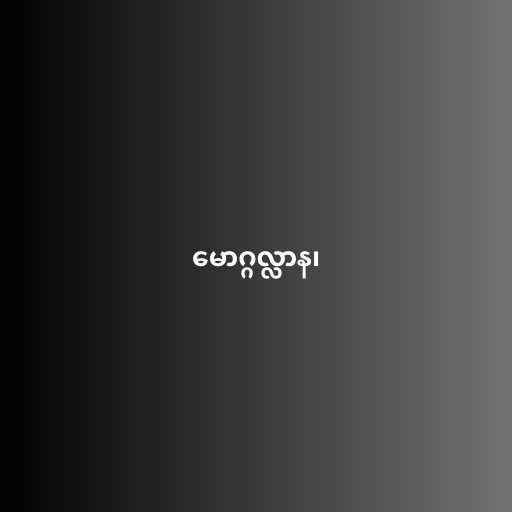
မောဂ္ဂလ္လာန၊